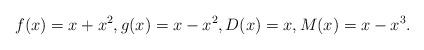
LaTeX: \begin{align*}f(x)=x+x^{2},g(x)=x-x^{2},D(x)=x,M(x)=x-x^{3}.\end{align*}